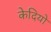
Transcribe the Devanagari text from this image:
केदियो